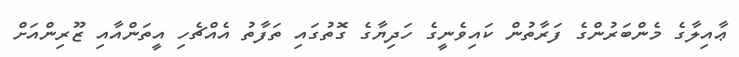
ޢާއިލާގެ މެންބަރުންގެ ފަރާތުން ކައިވެނީގެ ހަދިޔާގެ ގޮތުގައި ތަފާތު އެއްޗެހި އީތަންއާއި ޒޫރިންއަށް